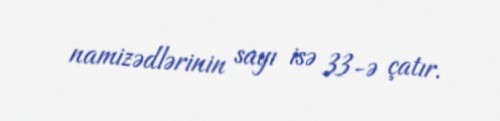
namizədlərinin sayı isə 33-ə çatır.